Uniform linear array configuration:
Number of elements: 64
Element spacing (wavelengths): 1
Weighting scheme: cosine
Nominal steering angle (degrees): -60
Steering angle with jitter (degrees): -59.05
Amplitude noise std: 0.05
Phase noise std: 0.05

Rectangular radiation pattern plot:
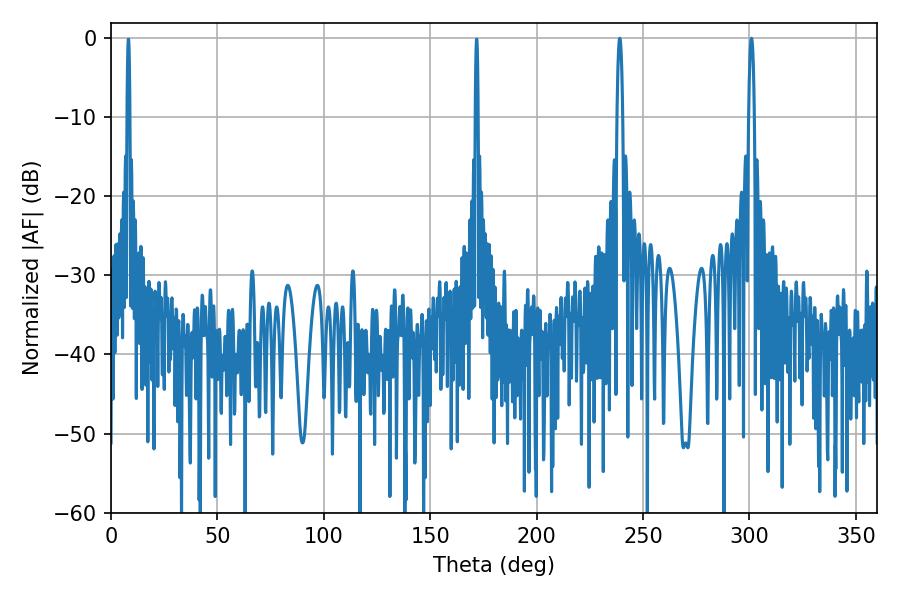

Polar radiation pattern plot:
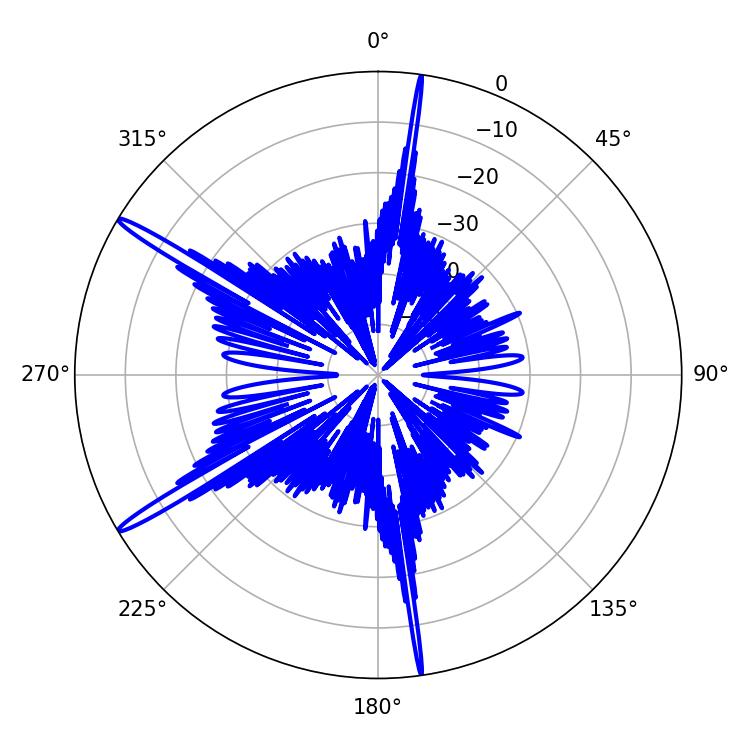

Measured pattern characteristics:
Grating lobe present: TRUE
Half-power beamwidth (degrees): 1.44
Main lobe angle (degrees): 239.04